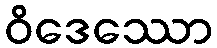
ဝိဒေဿော